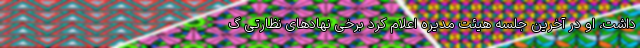
داشت، او در آخرین جلسه هیئت مدیره اعلام کرد برخی نهادهای نظارتی گ